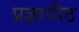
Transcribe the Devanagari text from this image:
प्रज्ञापीठ